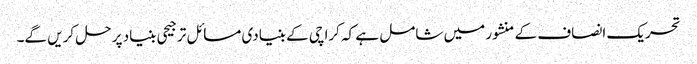
تحریک انصاف کے منشور میں شامل ہے کہ کراچی کے بنیادی مسائل ترجیحی بنیاد پر حل کریں گے۔